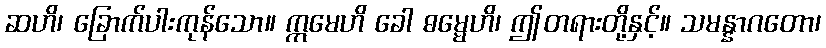
ဆဟိ၊ ခြောက်ပါးကုန်သော။ ဣမေဟိ ခေါ ဓမ္မေဟိ၊ ဤတရားတို့နှင့်။ သမန္နာဂတော၊